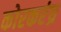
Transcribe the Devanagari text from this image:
कोरकरंध्र